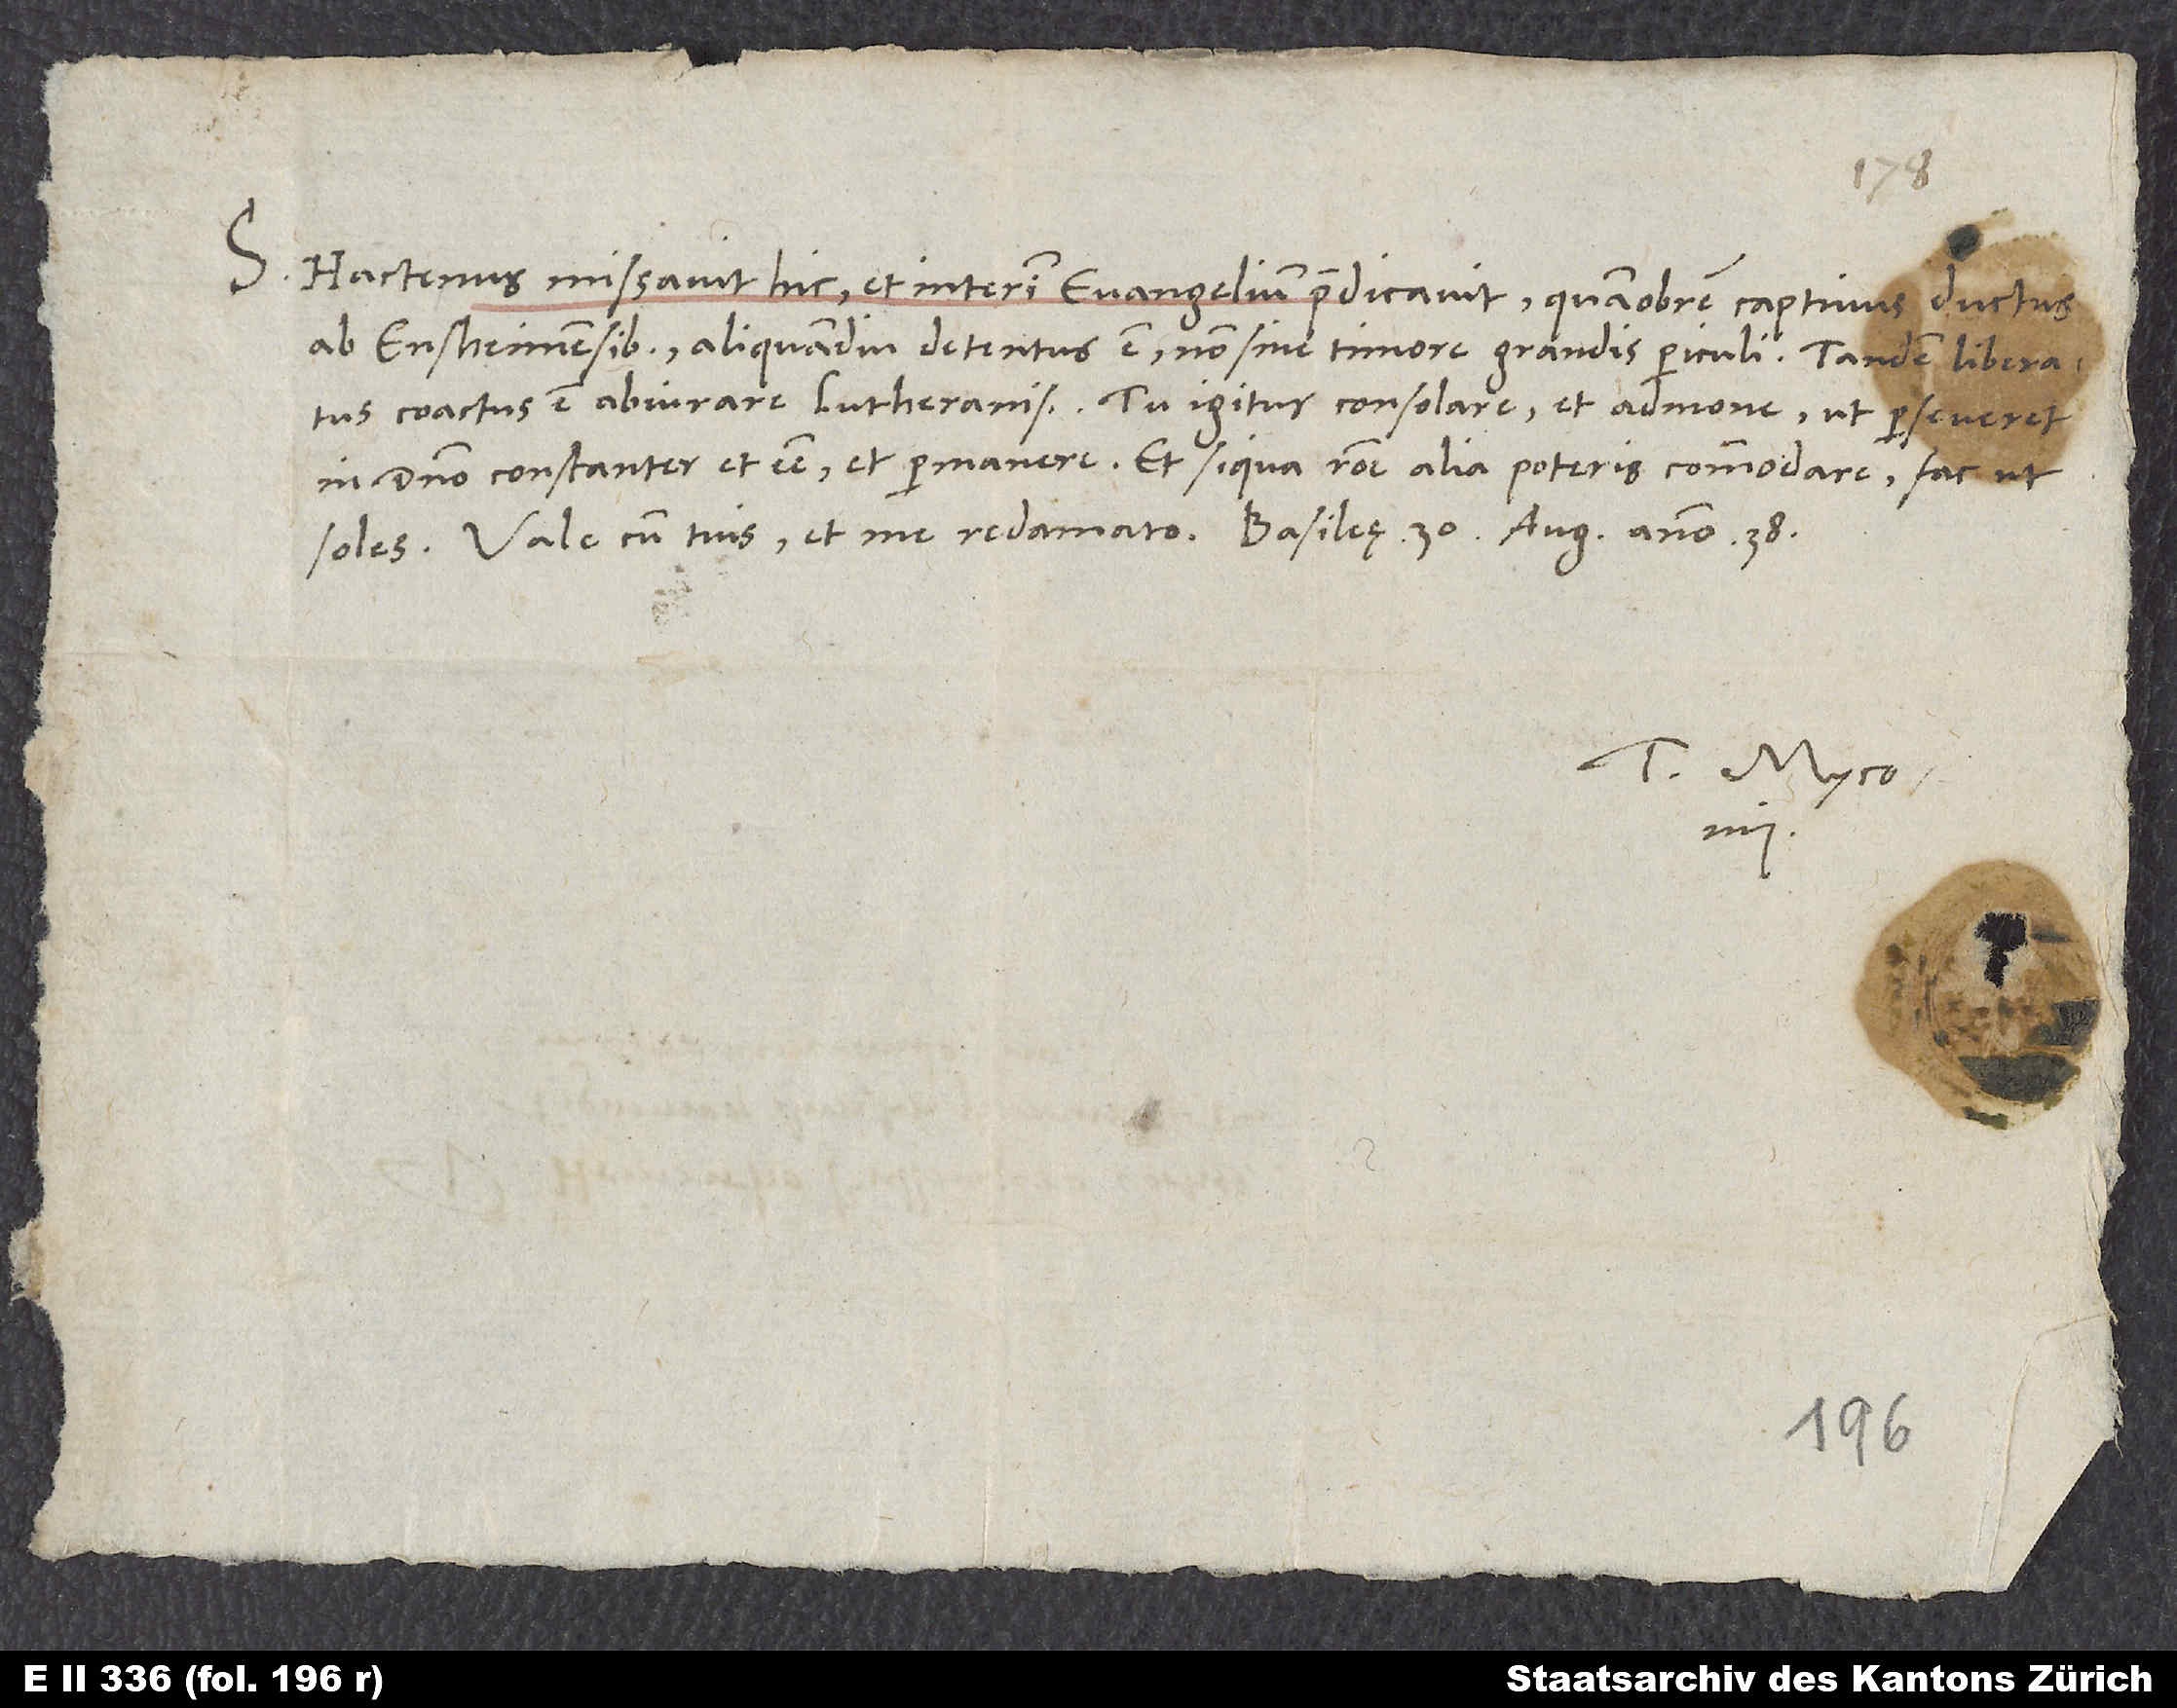
S. Hactenus missavit hic et interim evangelium praedicavit, quamobrem captivus ductus
ab Ensheimensibus aliquamdiu detentus est non sine timore grandis periculi. Tandem liberatus
coactus est abiurare Lutheranismum. Tu igitur consolare et admone, ut perseveret
in domino constanter et esse et permanere. Et si qua ratione alia poteris commodare, fac, ut